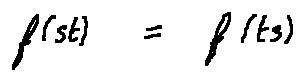
f ( s t ) = f ( t s )